Annual returns of the Patna Lunatic Asylum at Bankipore in Bihar and Orissa - 1912-1924
Year: 1912
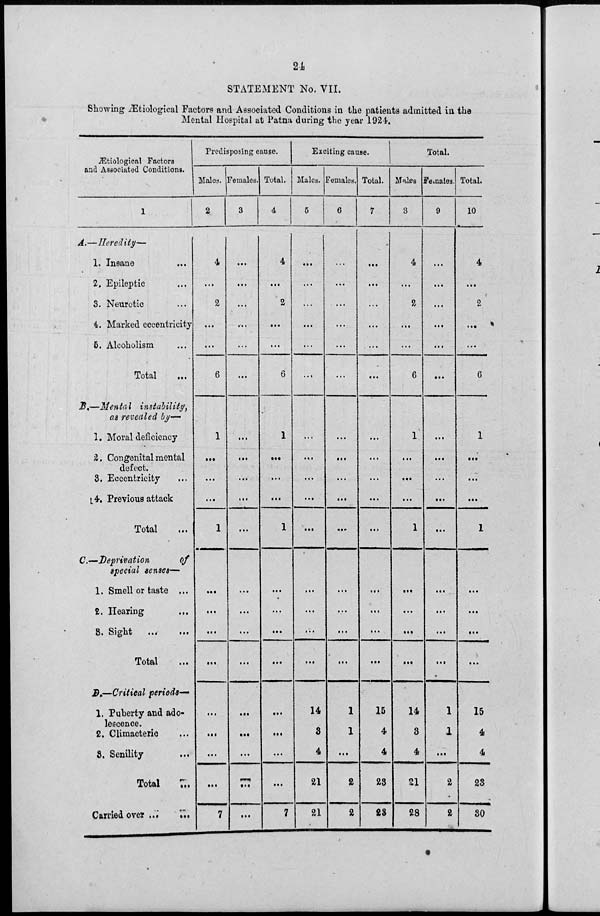
21
STATEMENT No. VII.
Showing Ætiological Factors and Associated Conditions in the patients admitted in the
Mental Hospital at Patna during the year 1924.
Ætiological Factors
and Associated Conditions.
1
A.—Heredity—
1. Insane ...
2. Epileptic...
3. Neurotic...
4. Marked eccentricity
5. Alcoholism...
Total...
B.—Mental instability,
as revealed by—
1. Moral deficiency
2. Congenital mental
defect.
3. Eccentricity...
4. Previous attack
Total...
C—Deprivation
of
special senses-—
1. Smell or taste ...
2. Hearing...
3. Sight
...
...
Total...
D.—Critieal periods—
1. Puberty and ado-
lescence.
2. Climacteric ...
8. Senility
...
Total ...
Carried over ...
...
Predisposing cause.
Males.
2
4
...
2
...
...
6
1
...
...
...
1
...
...
...
...
...
...
...
...
7
Feinales.
3
...
...
...
...
...
...
...
...
...
...
...
...
...
...
...
...
...
...
...
...
Total.
4
4
...
2
...
...
6
1
...
...
...
1
...
...
...
...
...
...
...
...
7
Exciting cause.
Males.
5
...
...
...
...
...
...
...
...
...
...
...
...
...
...
...
14
3
4
21
21
Females.
6
...
...
...
...
...
...
...
...
...
...
...
...
...
...
...
1
1
...
2
2
Total.
7
...
...
...
...
...
...
...
...
...
...
...
...
...
...
...
15
4
4
23
28
Total.
Males
8
4
...
2
...
...
6
1
...
...
...
1
...
...
...
...
14
3
4
21
28
Females.
9
...
...
...
...
...
...
...
...
...
...
...
...
...
...
...
1
1
...
2
2
Total.
10
4
...
2
...
...
6
1
...
...
...
1
...
...
...
...
15
4
4
23
30